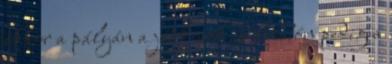
akkor a pályán a játékosok, a lelátón pedig a